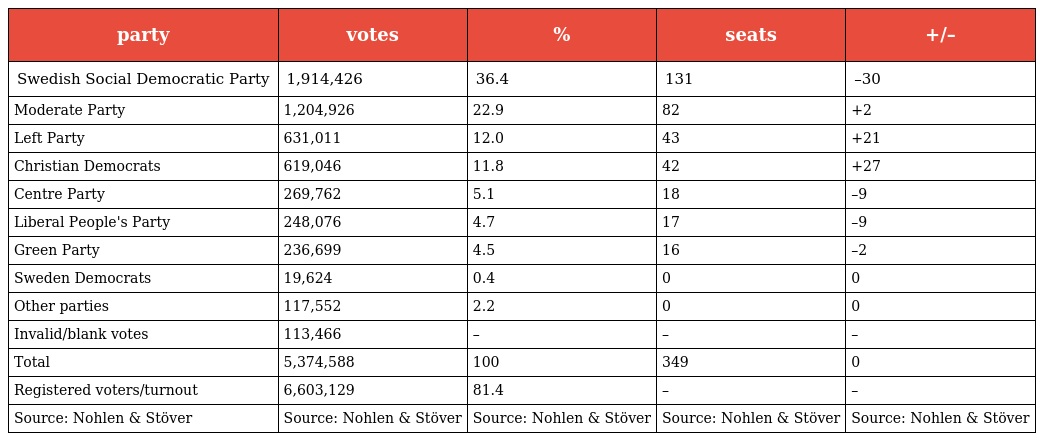
| party | votes | % | seats | +/– |
 | --- | --- | --- | --- | --- |
 | Swedish Social Democratic Party | 1,914,426 | 36.4 | 131 | –30 |
 | Moderate Party | 1,204,926 | 22.9 | 82 | +2 |
 | Left Party | 631,011 | 12.0 | 43 | +21 |
 | Christian Democrats | 619,046 | 11.8 | 42 | +27 |
 | Centre Party | 269,762 | 5.1 | 18 | –9 |
 | Liberal People's Party | 248,076 | 4.7 | 17 | –9 |
 | Green Party | 236,699 | 4.5 | 16 | –2 |
 | Sweden Democrats | 19,624 | 0.4 | 0 | 0 |
 | Other parties | 117,552 | 2.2 | 0 | 0 |
 | Invalid/blank votes | 113,466 | – | – | – |
 | Total | 5,374,588 | 100 | 349 | 0 |
 | Registered voters/turnout | 6,603,129 | 81.4 | – | – |
 | Source: Nohlen & Stöver | Source: Nohlen & Stöver | Source: Nohlen & Stöver | Source: Nohlen & Stöver | Source: Nohlen & Stöver |